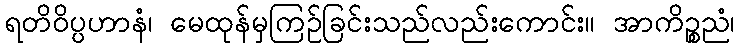
ရတိဝိပ္ပဟာနံ၊ မေထုန်မှကြဉ်ခြင်းသည်လည်းကောင်း။ အာကိဉ္စညံ၊